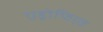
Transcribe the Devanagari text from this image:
एड्रोफिएड